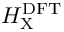
H _ { \mathrm { X } } ^ { \mathrm { D F T } }